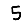
Digit: 5